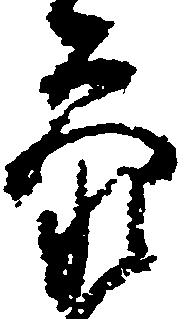
参